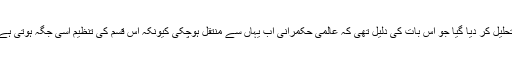
یورپ میں قائم لیگ آف نیشنز کو تحلیل کر دیا گیا جو اس بات کی دلیل تھی کہ عالمی حکمرانی اب یہاں سے منتقل ہوچکی کیونکہ اس قسم کی تنظیم اسی جگہ ہوتی ہے جہاں عالمی حکومت کامرکز ہو۔